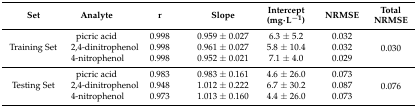
| Set | Analyte | r | Slope | Intercept (mg·L−1) | NRMSE | Total NRMSE |
 | --- | --- | --- | --- | --- | --- | --- |
 | <ROWSPAN=3> Training Set | picric acid | 0.998 | 0.959 ± 0.027 | 6.3 ± 5.2 | 0.032 | <ROWSPAN=3> 0.030 |
 | 2,4-dinitrophenol | 0.998 | 0.961 ± 0.027 | 5.8 ± 10.4 | 0.032 |
 | 4-nitrophenol | 0.998 | 0.952 ± 0.021 | 7.1 ± 4.0 | 0.029 |
 | <ROWSPAN=3> Testing Set | picric acid | 0.983 | 0.983 ± 0.161 | 4.6 ± 26.0 | 0.073 | <ROWSPAN=3> 0.076 |
 | 2,4-dinitrophenol | 0.948 | 1.012 ± 0.222 | 6.7 ± 30.2 | 0.087 |
 | 4-nitrophenol | 0.973 | 1.013 ± 0.160 | 4.4 ± 26.0 | 0.073 |